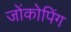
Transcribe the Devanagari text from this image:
जोंकोपिंग